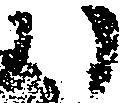
ハ